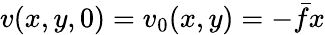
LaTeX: v(x,y,0)=v_{0}(x,y)=-\bar{f}x